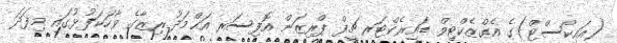
(އައިކޯސްޓް)ގެ އެގްޒެކްޓިވް ޑައިރެކްޓަރ ޗީފް ޕްރިޒަން އޮފިސަރ އަޙްމަދު ރިޒާގެ ވާހަކަފުޅުގައި މިފަދަ